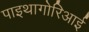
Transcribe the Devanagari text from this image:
पाइथागोरिआई